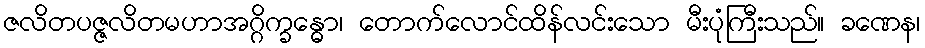
ဇလိတပဇ္ဇလိတမဟာအဂ္ဂိက္ခန္ဓော၊ တောက်လောင်ထိန်လင်းသော မီးပုံကြီးသည်။ ခဏေန၊